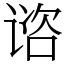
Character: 谘